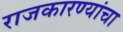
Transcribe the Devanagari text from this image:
राजकारण्यांचा